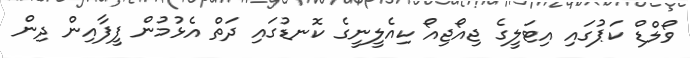
ވޯލްޑް ކަޕުގައި އިޓަލީގެ ޖިއޯޖިއޯ ކިއެލީނީގެ ކޮނޑުގައި ދަތް އެޅުމުން ފީފާއިން ދިން